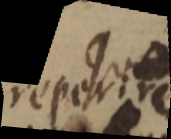
reperire